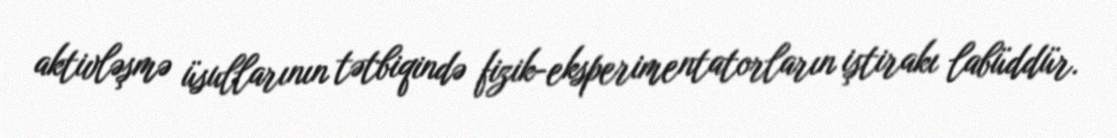
aktivləşmə üsullarının tətbiqində fizik-eksperimentatorların iştirakı labüddür.